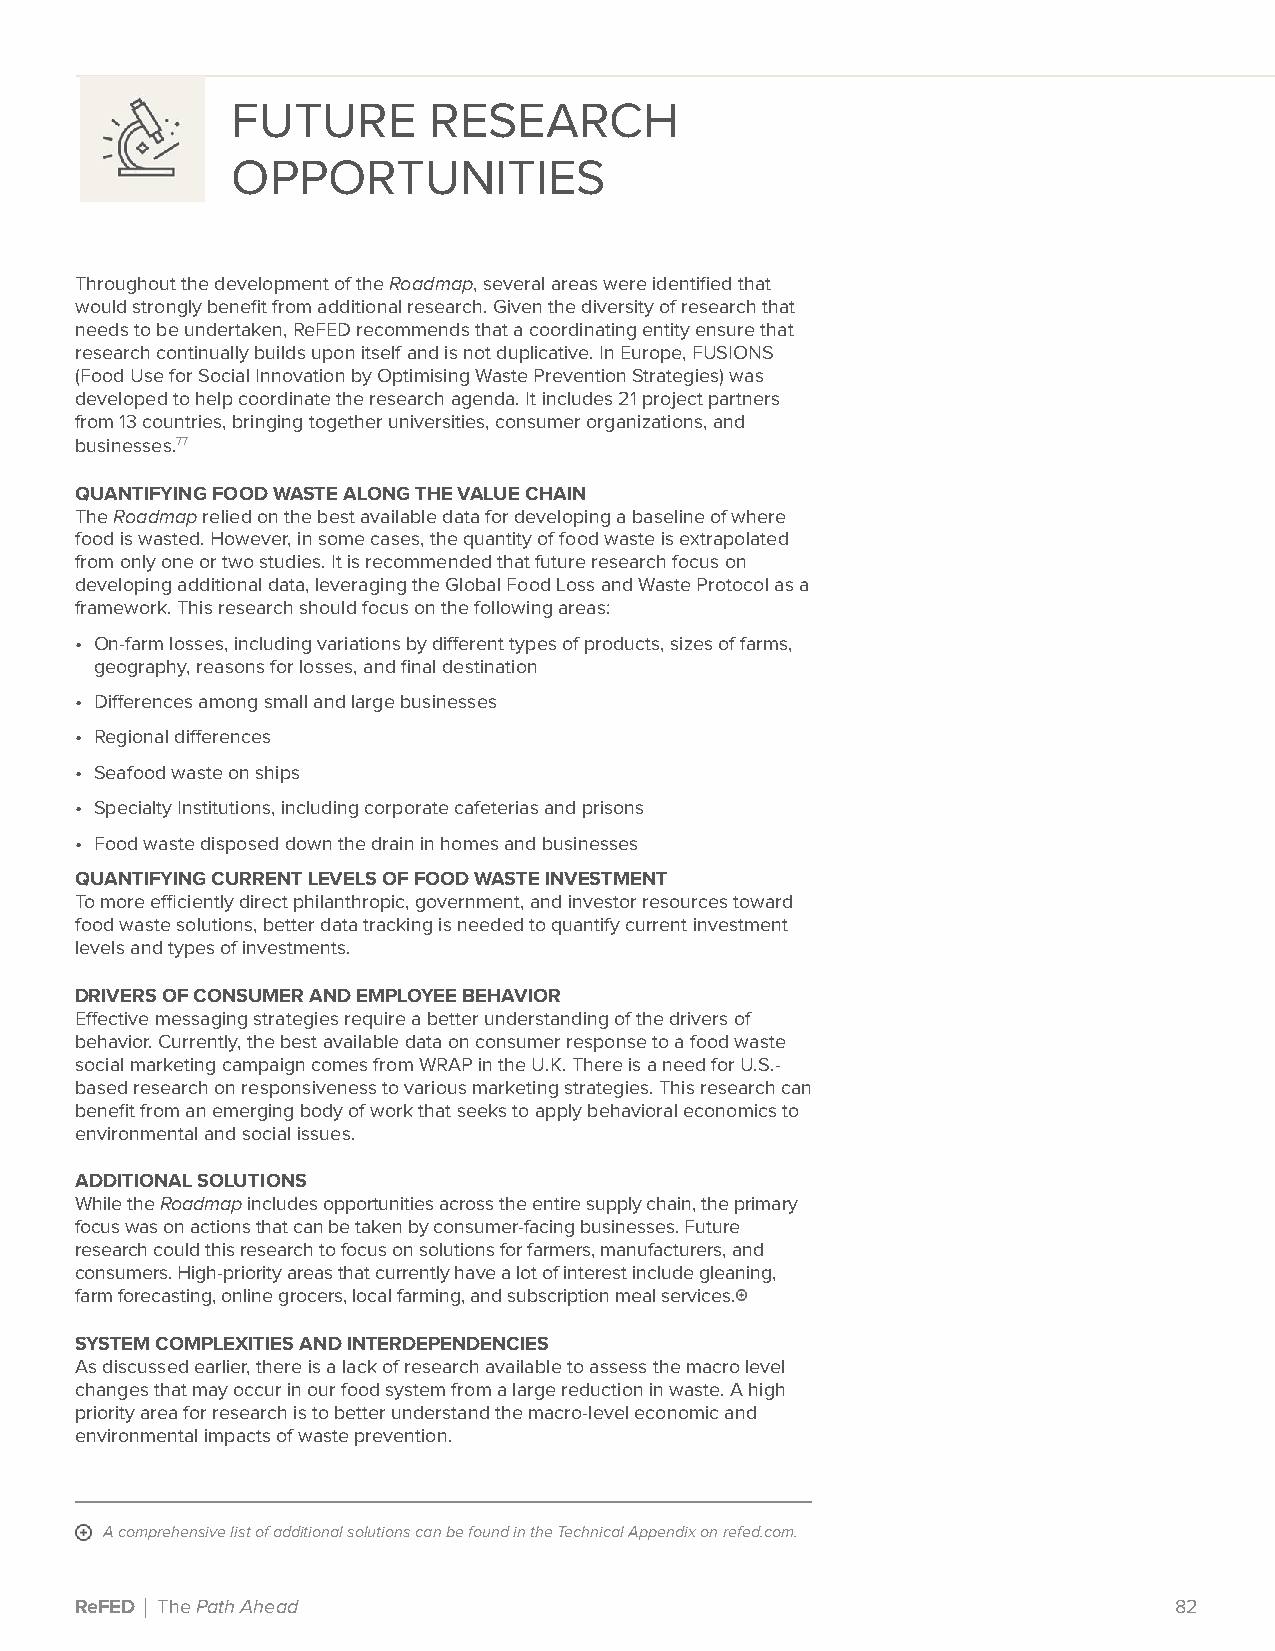
FUTURE       RESEARCH
 OPPORTUNITIES
 Throughout the development of the Roadmap, several areas were identified that
 would strongly benefit from additional research. Given the diversity of research that
 needs to be undertaken, ReFED recommends that a coordinating entity ensure that
 research continually builds upon itself and is not duplicative. In Europe, FUSIONS
 (Food Use for Social Innovation by Optimising Waste Prevention Strategies) was
 developed to help coordinate the research agenda. It includes 21 project partners
 from 13 countries, bringing together universities, consumer organizations, and
 businesses.77
 QUANTIFYING FOOD WASTE ALONG THE VALUE CHAIN
 The Roadmap relied on the best available data for developing a baseline of where
 food is wasted. However, in some cases, the quantity of food waste is extrapolated
 from only one or two studies. It is recommended that future research focus on
 developing additional data, leveraging the Global Food Loss and Waste Protocol as a
 framework. This research should focus on the following areas:
 • On-farm losses, including variations by different types of products, sizes of farms,
 geography, reasons for losses, and final destination
 • Differences among small and large businesses
 • Regional differences
 • Seafood waste on ships
 • Specialty Institutions, including corporate cafeterias and prisons
 • Food waste disposed down the drain in homes and businesses
 QUANTIFYING CURRENT LEVELS OF FOOD WASTE INVESTMENT
 To more efficiently direct philanthropic, government, and investor resources toward
 food waste solutions, better data tracking is needed to quantify current investment
 levels and types of investments.
 DRIVERS OF CONSUMER AND EMPLOYEE BEHAVIOR
 Effective messaging strategies require a better understanding of the drivers of
 behavior. Currently, the best available data on consumer response to a food waste
 social marketing campaign comes from WRAP in the U.K. There is a need for U.S.-
 based research on responsiveness to various marketing strategies. This research can
 benefit from an emerging body of work that seeks to apply behavioral economics to
 environmental and social issues.
 ADDITIONAL SOLUTIONS
 While the Roadmap includes opportunities across the entire supply chain, the primary
 focus was on actions that can be taken by consumer-facing businesses. Future
 research could this research to focus on solutions for farmers, manufacturers, and
 consumers. High-priority areas that currently have a lot of interest include gleaning,
 farm forecasting, online grocers, local farming, and subscription meal services.
 SYSTEM COMPLEXITIES AND INTERDEPENDENCIES
 As discussed earlier, there is a lack of research available to assess the macro level
 changes that may occur in our food system from a large reduction in waste. A high
 priority area for research is to better understand the macro-level economic and
 environmental impacts of waste prevention.
 A comprehensive list of additional solutions can be found in the Technical Appendix on refed.com.
 ReFED | The Path Ahead                                                   82